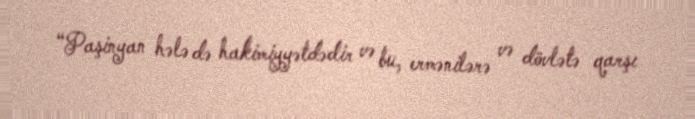
“Paşinyan hələ də hakimiyyətdədir və bu, ermənilərə və dövlətə qarşı